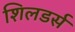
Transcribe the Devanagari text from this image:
शिलडर्स